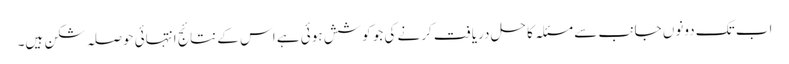
اب تک دونوں جانب سے مسئلہ کا حل دریافت کرنے کی جو کوشش ہوئی ہے اس کے نتائج انتہائی حوصلہ شکن ہیں۔